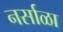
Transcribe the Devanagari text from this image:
नर्साळा